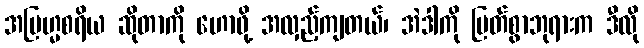
အဗြဟ္မစရိယ ဆိုတာကို ဟောဖို့ အလှည့်ကျတယ်၊ အဲဒါကို မြတ်စွာဘုရားက ဒီလို